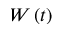
W \left( t \right)